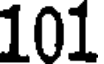
101